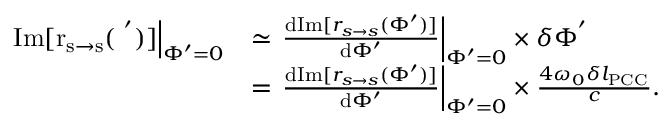
\begin{array} { r l } { \left. \mathrm { I m [ r _ { s \rightarrow s } ( \Phi ^ { ' } ) ] } \right| _ { \Phi ^ { \prime } = 0 } } & { \simeq \left. \frac { \mathrm { d } \mathrm { I m } [ r _ { s \rightarrow s } ( \Phi ^ { \prime } ) ] } { \mathrm { d } \Phi ^ { \prime } } \right| _ { \Phi ^ { \prime } = 0 } \times \delta \Phi ^ { ' } } \\ & { = \left. \frac { \mathrm { d } \mathrm { I m } [ r _ { s \rightarrow s } ( \Phi ^ { \prime } ) ] } { \mathrm { d } \Phi ^ { \prime } } \right| _ { \Phi ^ { \prime } = 0 } \times \frac { 4 \omega _ { 0 } \delta l _ { \mathrm { P C C } } } { c } . } \end{array}